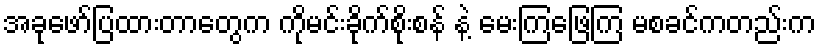
အခုဖော်ပြထားတာတွေက ကိုမင်းခိုက်စိုးစန် နဲ့ မေးကြဖြေကြ မစခင်ကတည်းက